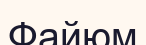
Файюм